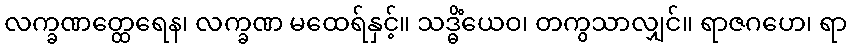
လက္ခဏတ္ထေရေန၊ လက္ခဏ မထေရ်နှင့်။ သဒ္ဓိံယေဝ၊ တကွသာလျှင်။ ရာဇဂဟေ၊ ရာ